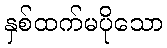
နှစ်ထက်မပိုသော